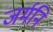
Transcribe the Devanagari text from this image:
जर्मनि